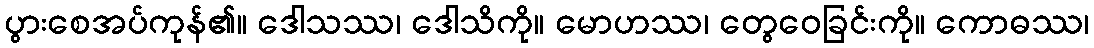
ပွားစေအပ်ကုန်၏။ ဒေါသဿ၊ ဒေါသိကို။ မောဟဿ၊ တွေဝေခြင်းကို။ ကောဓဿ၊